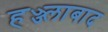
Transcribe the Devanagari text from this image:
हज्ज्लाबाद